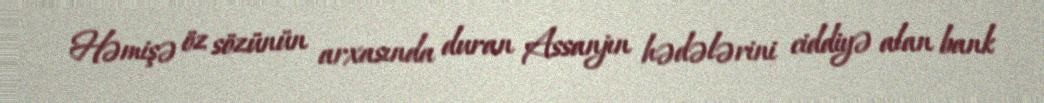
Həmişə öz sözünün arxasında duran Assanjın hədələrini ciddiyə alan bank